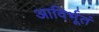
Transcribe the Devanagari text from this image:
आविर्भूतं